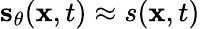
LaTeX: \mathbf{\boldsymbol{s}}_{\theta}(\mathbf{\boldsymbol{x}},t)\approx s(\mathbf{\boldsymbol{x}},t)